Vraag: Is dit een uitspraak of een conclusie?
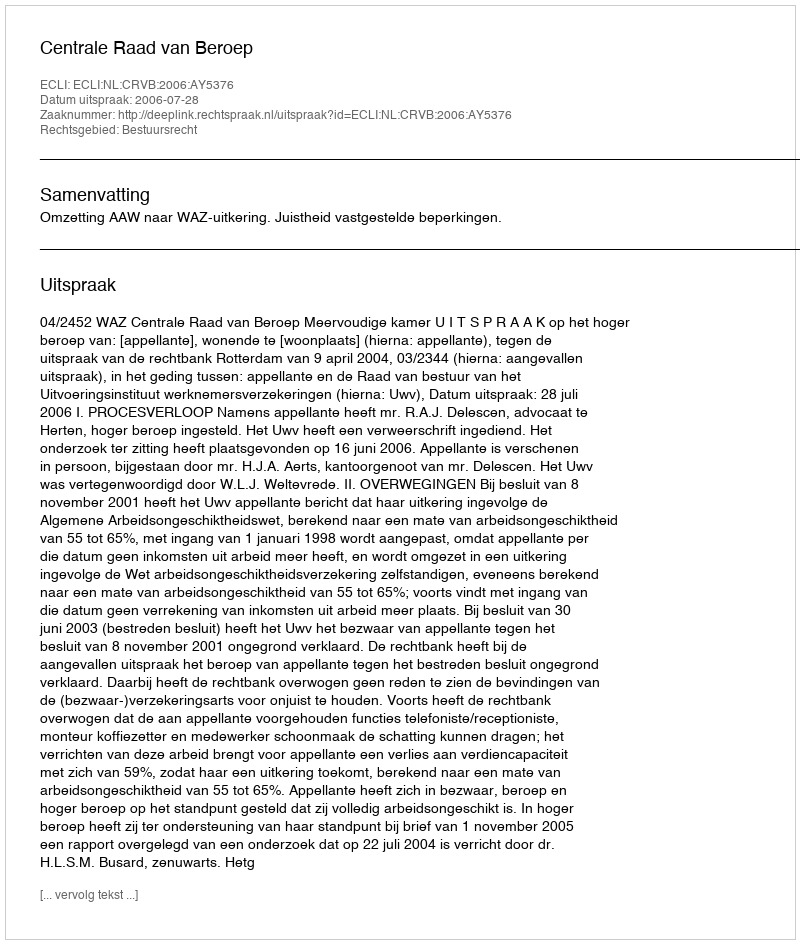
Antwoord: Uitspraak